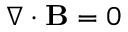
\nabla \cdot \mathbf { B } = 0